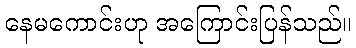
နေမကောင်းဟု အကြောင်းပြန်သည်။